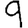
Digit: 9